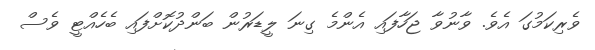
ވެރިކަމުގަ އެވެ. ވާނުވާ ޖަހާފައި އެންމެ ގިނަ ލީޑަރުން ބަންދުކޮށްފައި ބެހެއްޓީ ވެސް